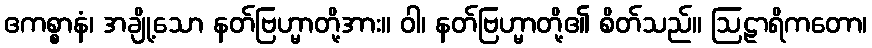
ဧကစ္စာနံ၊ အချို့သော နတ်ဗြဟ္မာတို့အား။ ဝါ၊ နတ်ဗြဟ္မာတို့၏ စိတ်သည်။ ဩဠာရိကတော၊